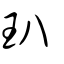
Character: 玐